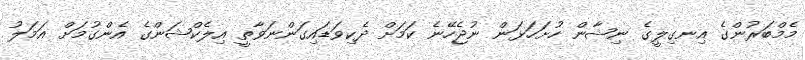
މެމްބަރުންގެ އިނގިލީގެ ނިޝާން ހުށަހަޅަން ނުޖެހޭނެ ކަމަށް ދެކިވަޑައިގަންނަވާތީ އިލެކްޝަންގެ އެންގުމަށް އަމަލު